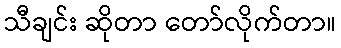
သီချင်း ဆိုတာ တော်လိုက်တာ။